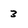
Character: 3